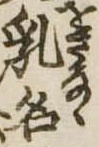
乳名